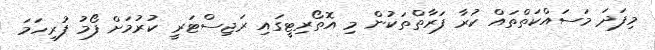
މިފަދަ މަސައްކަތްތައް ކުރާ ފަރާތްތަކުން މި އޮތޯރިޓީގައި ރަޖިސްޓަރީ ކުރުމަށް ފޯމު ފުރިހަމަ